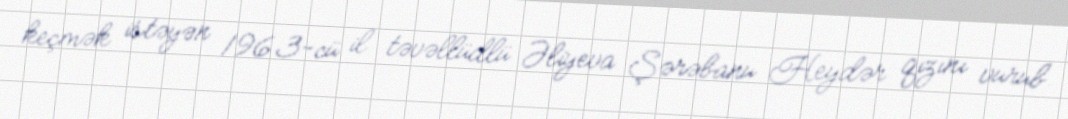
keçmək istəyən 1963-cü il təvəllüdlü Əliyeva Şərəbanu Heydər qızını vurub.